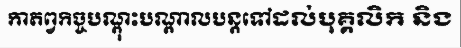
កាតព្វកិច្ចបណ្តុះបណ្តាលបន្តទៅដល់បុគ្គលិក និង